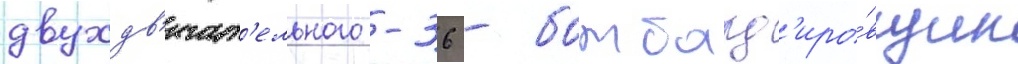
двухдв'игат'ельного -36 - бомбард'иро́вщик